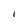
Character: I